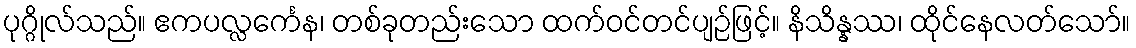
ပုဂ္ဂိုလ်သည်။ ဧကပလ္လင်္ကေန၊ တစ်ခုတည်းသော ထက်ဝင်တင်ပျဉ်ဖြင့်။ နိသိန္နဿ၊ ထိုင်နေလတ်သော်။